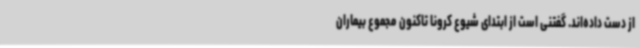
از دست داده‌اند. گفتنی است از ابتدای شیوع کرونا تاکنون مجموع بیماران